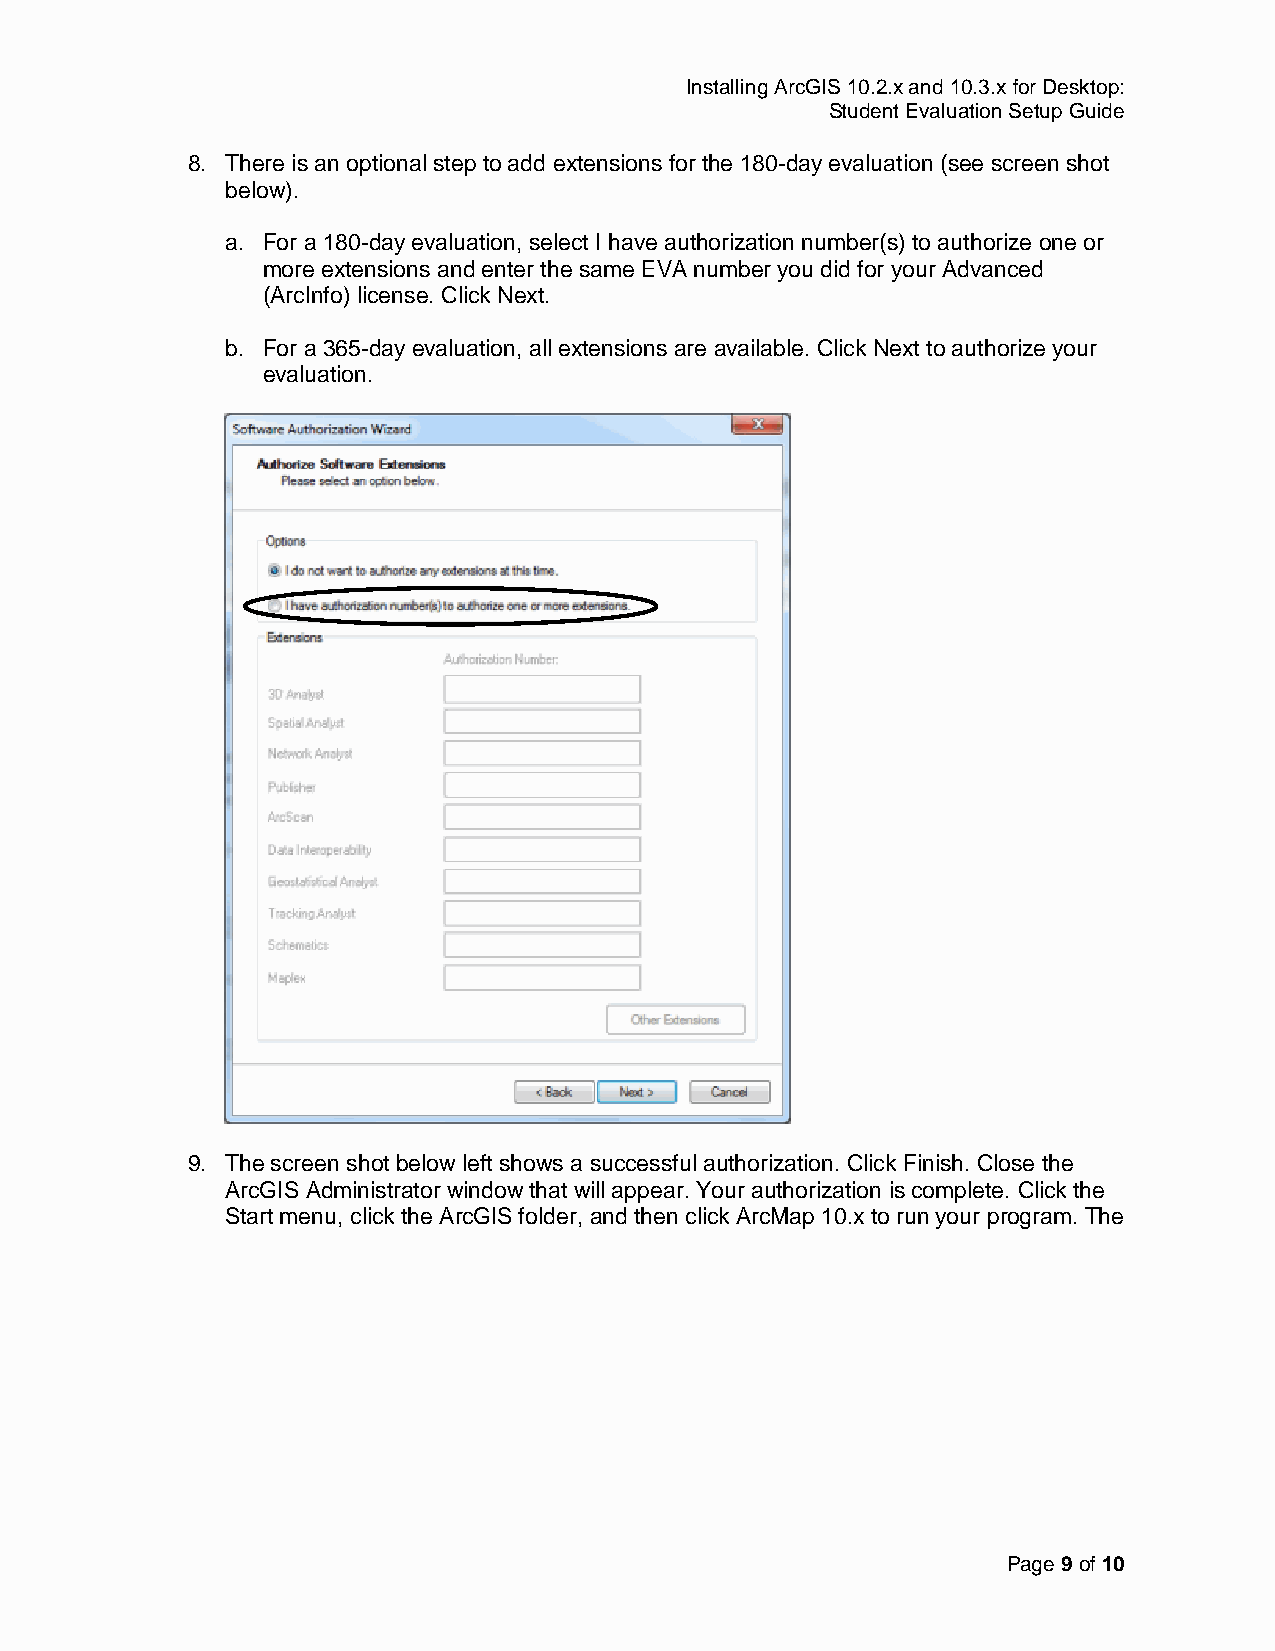
Installing ArcGIS 10.2.x and 10.3.x for Desktop:
 Student Evaluation Setup Guide
 8. There is an optional step to add extensions for the 180-day evaluation (see screen shot
 below).
 a. For a 180-day evaluation, select I have authorization number(s) to authorize one or
 more extensions and enter the same EVA number you did for your Advanced
 (ArcInfo) license. Click Next.
 b. For a 365-day evaluation, all extensions are available. Click Next to authorize your
 evaluation.
 9. The screen shot below left shows a successful authorization. Click Finish. Close the
 ArcGIS Administrator window that will appear. Your authorization is complete. Click the
 Start menu, click the ArcGIS folder, and then click ArcMap 10.x to run your program. The
 Page 9 of 10